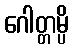
ဂေါတ္တမ္ပိ